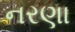
નરણા